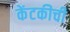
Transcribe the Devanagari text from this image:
केंटकीची